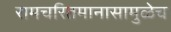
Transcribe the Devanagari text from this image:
रामचरितमानासामुळेच